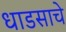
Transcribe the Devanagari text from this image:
धाडसाचे